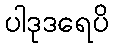
ပါဒုဒရေပိ